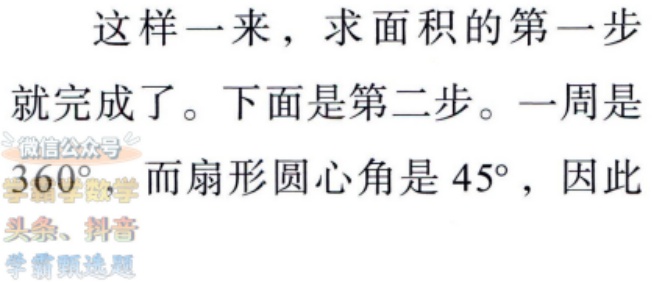
这样一来，求面积的第一步就完成了。下面是第二步。一周是\(360^{\circ}\)，而扇形圆心角是\(45^{\circ}\)，因此